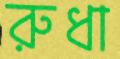
রুধা